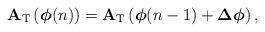
LaTeX: \begin{align*}\mathbf{A}_{\rm T}\left(\boldsymbol{\phi}(n)\right) = \mathbf{A}_{\rm T}\left(\boldsymbol{\phi}(n-1) + \boldsymbol{\Delta\phi}\right),\end{align*}